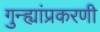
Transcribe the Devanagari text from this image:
गुन्ह्यांप्रकरणी